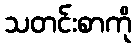
သတင်းစာကို